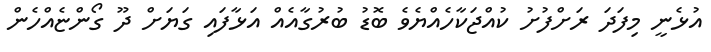
އުޅެނީ މިފަދަ ރަށްފުށު ކުއްޖަކާހެއްޔެވެ ބޮޑު ބުރުގާއެއް އަޅާފައި ގަޔަށް ދޫ ގޯންޏެއްހެން